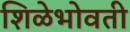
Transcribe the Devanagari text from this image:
शिळेभोवती